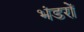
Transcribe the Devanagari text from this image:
भंडरों